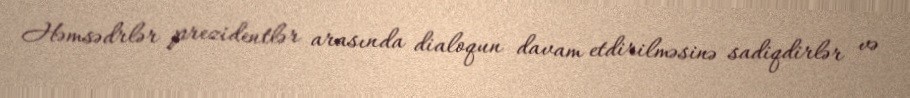
Həmsədrlər prezidentlər arasında dialoqun davam etdirilməsinə sadiqdirlər və